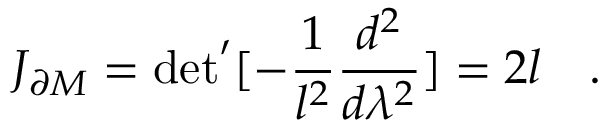
J _ { \partial M } = \mathrm { d e t } ^ { \prime } [ - { \frac { 1 } { l ^ { 2 } } } { \frac { d ^ { 2 } } { d \lambda ^ { 2 } } } ] = 2 l \quad .